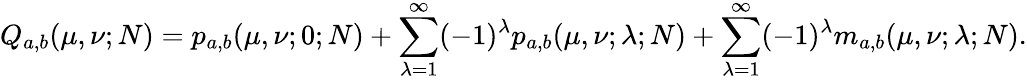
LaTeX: Q_{a,b}(\mu,\nu;N)=p_{a,b}(\mu,\nu;0;N)+\sum_{\lambda=1}^{\infty}(-1)^{\lambda}p_{a,b}(\mu,\nu;\lambda;N)+\sum_{\lambda=1}^{\infty}(-1)^{\lambda}m_{a,b}(\mu,\nu;\lambda;N).